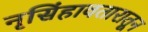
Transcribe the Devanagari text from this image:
नृसिंहावतारातून